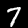
Label: 7